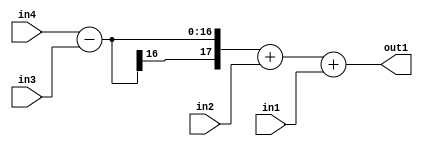
`timescale 1ps / 1ps
/*****************************************************************************
    Verilog RTL Description
    
    
    Created by: Stratus DpOpt 2019.1.01 
*******************************************************************************/

module st_weight_addr_gen_Add3u8u8Subu16u16_4_9 (
	in4,
	in3,
	in2,
	in1,
	out1
	); /* architecture "behavioural" */ 
input [15:0] in4,
	in3;
input [7:0] in2,
	in1;
output [17:0] out1;
wire [17:0] asc001;

wire [17:0] asc001_tmp_0;
wire [17:0] asc001_tmp_1;
assign asc001_tmp_1 = 
	+(in4)
	-(in3);
assign asc001_tmp_0 = asc001_tmp_1
	+(in2);
assign asc001 = asc001_tmp_0
	+(in1);

assign out1 = asc001;
endmodule

/* CADENCE  v7D2SAw= : u9/ySgnWtBlWxVPRXgAZ4Og= ** DO NOT EDIT THIS LINE ******/